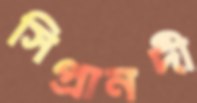
সিপ্রানদী